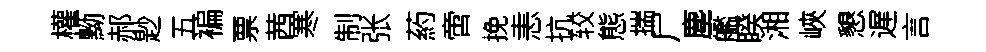
權黝郝尟五褊票茜寒制张葯啻挽恚抗较態揣尸塵艦睽湘峽懇遅言